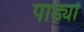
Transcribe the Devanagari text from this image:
पाड्यों